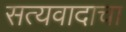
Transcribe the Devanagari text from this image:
सत्यवादाचा